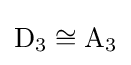
\mathrm {D} _{3}\cong \mathrm {A} _{3}